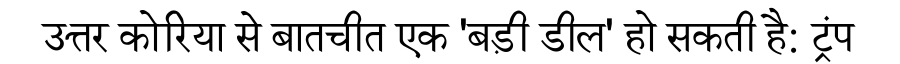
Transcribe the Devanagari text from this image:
उत्तर कोरिया से बातचीत एक 'बड़ी डील' हो सकती है: ट्रंप